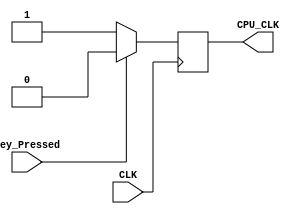
`timescale 1ns / 1ps

module KeyClock(
  input CLK,
  input Key_Pressed,
  output reg CPU_CLK
  );

  always @(posedge CLK) begin
    if (Key_Pressed) begin
      CPU_CLK <= 0;
    end else begin
      CPU_CLK <= 1;
    end
  end
endmodule